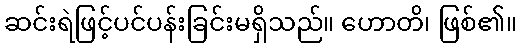
ဆင်းရဲဖြင့်ပင်ပန်းခြင်းမရှိသည်။ ဟောတိ၊ ဖြစ်၏။